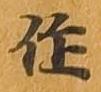
作